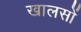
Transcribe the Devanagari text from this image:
खालसों